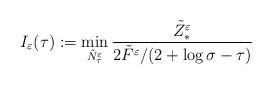
LaTeX: \begin{align*}I_\varepsilon(\tau):=\min_{\tilde{N}^\varepsilon_\tau}\frac{\tilde{Z}^\varepsilon_\ast}{2\tilde{F}^\varepsilon/(2+\log\sigma - \tau)} \end{align*}